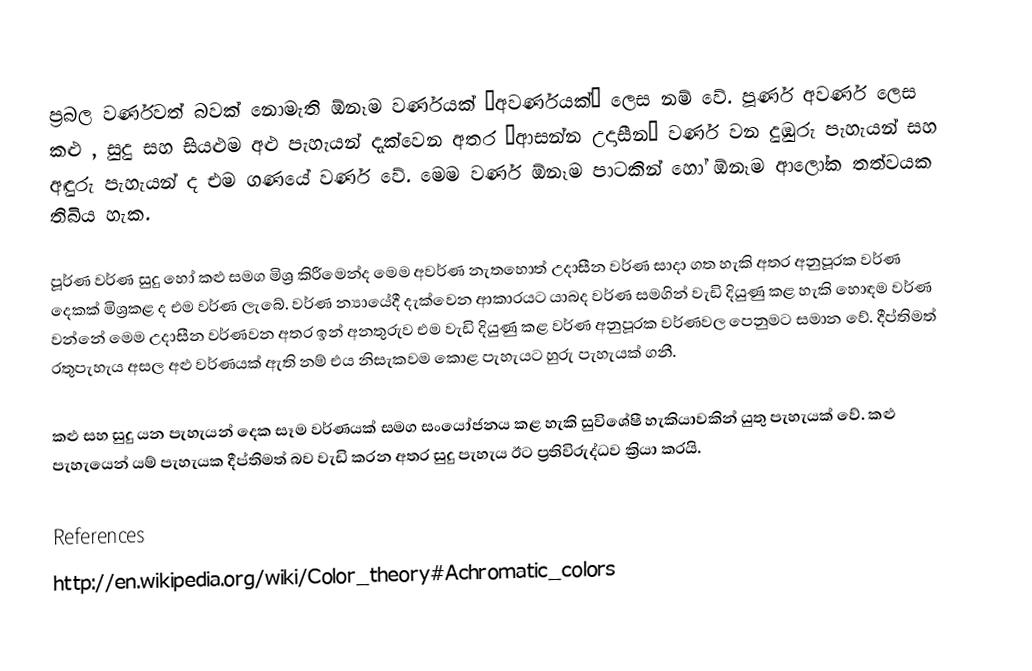
ප්‍රබල වර්ණවත් බවක් නොමැති ඕනෑම වර්ණයක් ‘අවර්ණයක්’ ලෙස නම් වේ. පූර්ණ අවර්ණ ලෙස කළු , සුදු සහ සියළුම අළු පැහැයන් දැක්වෙන අතර ‘ආසන්න උදාසීන” වර්ණ වන දුඹුරු පැහැයන් සහ අඳුරු  පැහැයන් ද එම ගණයේ වර්ණ වේ. මෙම වර්ණ ඕනෑම පාටකින් හෝ ඕනෑම ආලෝක තත්වයක තිබිය හැක.

පූර්ණ වර්ණ සුදු හෝ කළු සමග මිශ්‍ර කිරීමෙන්ද මෙම අවර්ණ නැතහොත් උදාසීන වර්ණ සාදා ගත හැකි අතර  අනුපූරක වර්ණ දෙකක් මිශ්‍රකළ ද එම වර්ණ ලැබේ. වර්ණ න්‍යායේදී දැක්වෙන ආකාරයට යාබද වර්ණ සමගින් වැඩි දියුණු කළ හැකි හොඳම වර්ණ වන්නේ මෙම උදාසීන වර්ණවන අතර ඉන් අනතුරුව එම වැඩි දියුණු කළ වර්ණ අනුපූරක වර්ණවල පෙනුමට සමාන වේ. දීප්තිමත් රතුපැහැය අසල අළු වර්ණයක් ඇති නම් එය නිසැකවම කොළ පැහැයට හුරු පැහැයක් ගනී.

කළු සහ සුදු යන පැහැයන් දෙක සෑම වර්ණයක් සමග සංයෝජනය කළ හැකි සුවිශේෂී හැකියාවකින් යුතු පැහැයක් වේ. කළු පැහැයෙන් යම් පැහැයක දීප්තිමත් බව වැඩි කරන අතර සුදු පැහැය ඊට ප්‍රතිවිරුද්ධව ක්‍රියා කරයි.

References
http://en.wikipedia.org/wiki/Color_theory#Achromatic_colors